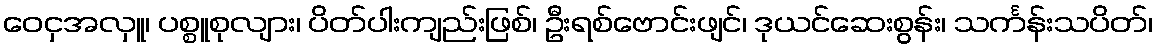
ဝေငှအလှူ၊ ပစ္စူစုလျား၊ ပိတ်ပါးကျည်းဖြစ်၊ ဦးရစ်ဗောင်းဖျင်၊ ဒုယင်ဆေးစွန်း၊ သင်္ကန်းသပိတ်၊